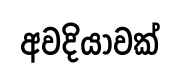
අවදියාවක්